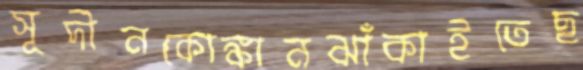
সূদীনকোঙ্কানঝাঁকাইতেছ